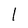
Character: 1